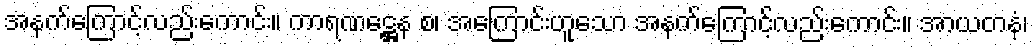
အနက်ကြောင့်လည်းကောင်း။ ကာရဏဋ္ဌေန စ၊ အကြောင်းဟူသော အနက်ကြောင့်လည်းကောင်း။ အာယတနံ၊